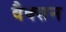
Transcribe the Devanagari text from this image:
वैक्सन